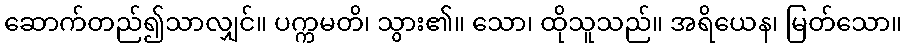
ဆောက်တည်၍သာလျှင်။ ပက္ကမတိ၊ သွား၏။ သော၊ ထိုသူသည်။ အရိယေန၊ မြတ်သော။